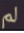
لم